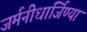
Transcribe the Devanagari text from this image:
जर्मनीधार्जिण्या